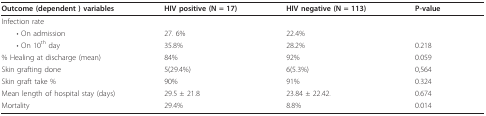
<table><thead><tr><td><b>Outcome (dependent ) variables</b></td><td><b>HIV positive (N = 17)</b></td><td><b>HIV negative (N = 113)</b></td><td><b>P-value</b></td></tr></thead><tbody><tr><td>Infection rate</td><td></td><td></td><td></td></tr><tr><td> • On admission</td><td>27. 6%</td><td>22.4%</td><td></td></tr><tr><td> • On 10<sup>th </sup>day</td><td>35.8%</td><td>28.2%</td><td>0.218</td></tr><tr><td>% Healing at discharge (mean)</td><td>84%</td><td>92%</td><td>0.059</td></tr><tr><td>Skin grafting done</td><td>5(29.4%)</td><td>6(5.3%)</td><td>0,564</td></tr><tr><td>Skin graft take %</td><td>90%</td><td>91%</td><td>0.324</td></tr><tr><td>Mean length of hospital stay (days)</td><td>29.5 ± 21.8</td><td>23.84 ± 22.42.</td><td>0.674</td></tr><tr><td>Mortality</td><td>29.4%</td><td>8.8%</td><td>0.014</td></tr></tbody></table>